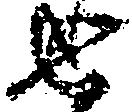
せ